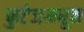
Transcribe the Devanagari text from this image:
फुटेजमधून